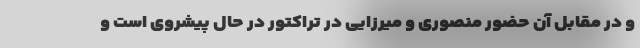
و در مقابل آن حضور منصوری و میرزایی در تراکتور در حال پیشروی است و